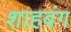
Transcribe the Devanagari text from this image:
शाहबंग